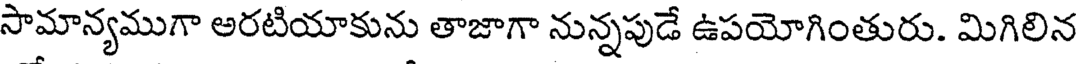
సామాన్యముగా అరటియాకును తాజాగా నున్నపుడే ఉపయోగింతురు. మిగిలిన